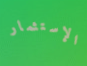
الإستثمار